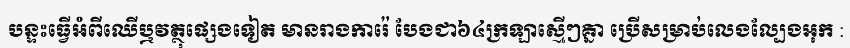
បន្ទះធ្វើអំពីឈើឬវត្ថុផ្សេងទៀត មានរាងការ៉េ បែងជា៦៤ក្រឡាស្មើៗគ្នា ប្រើសម្រាប់លេងល្បែងអុក :